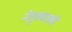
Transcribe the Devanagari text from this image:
नेतृत्वातही